Report of the Imperial Institute of Veterinary Research, Muktesar
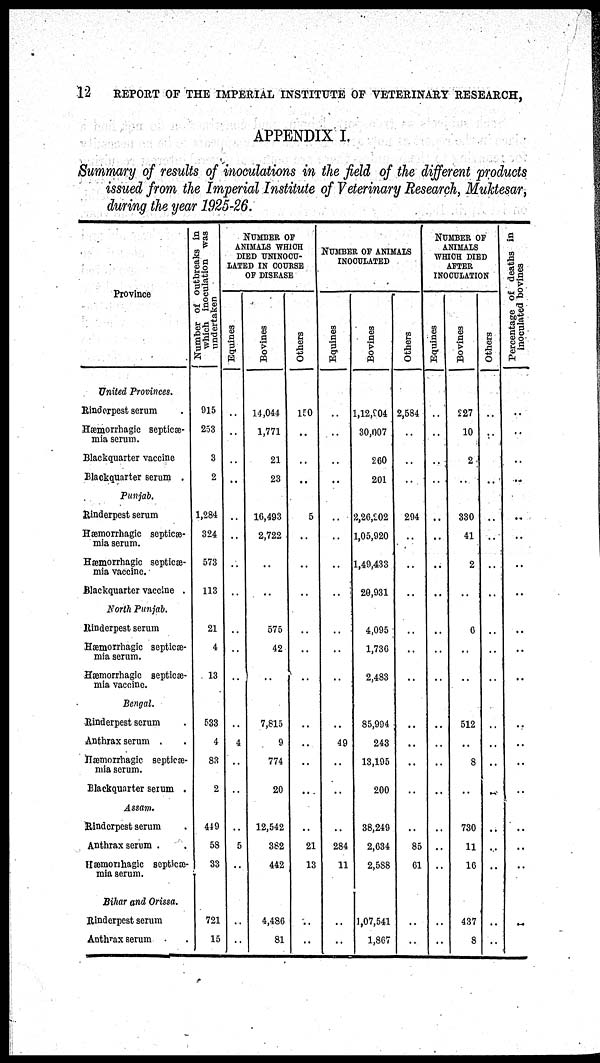
12
REPORT OF THE IMPERIAL INSTITUTE OF VETERINARY RESEARCH,
APPENDIX I,
Summary of results of inoculations in the field of the different products
issued from the Imperial Institute of Veterinary Research, Muktesar,
during the year 1925-26.
Province
United Provinces.
Rinderpest serum
Hæmorrhagic septicæ-
mia serum.
Blackquarter vaccine
Blackquarter serum .
Punjab.
Rinderpest serum
Hæmorrhagic septicæ-
mia serum.
Hæmorrhagic septicæ-
mia vaccinc.
Blackquarter vaccine .
North Punjab.
Rinderpest serum
Hæmorrhagic septiæ-
mia serum.
Hæmorrhagic septiæ-
mia vaccine.
Bengal.
Rinderpest serum
Anthrax serum .
Hæmorrhagic septiæ-
mia scrum.
Blackquarter serum .
Assam.
Rinderpest serum
Anthrax serum .
Hæmonhagic septiæ-
mia serum.
Bihar and Orissa.
Rinderpest serum
Anthrax serum
Number of outbreaks in
which inoculation was
undertaken
915
253
3
2
1,284
324
573
113
21
4
13
533
4
83
2
449
58
33
721
15
NUMBER OF
ANIMALS WHICH
DIED UNINOCU¬
LATED IN COURSE
OF DISEASE
Equines
..
..
..
..
..
..
..
..
..
..
..
..
4
5
Bovines
14,044
1,771
21
23
16,493
2,722
..
..
575
42
..
7,815
9
774
20
12,542
382
442
4,486
81
Others
150
..
..
..
5
..
..
..
..
..
..
..
..
..
..
..
21
13
..
..
NUMBER OF ANIMALS
INOCULATED
Equines
..
..
..
..
..
..
..
..
..
..
..
..
49
..
..
..
284
11
..
..
Bovines
1,12,904
30,007
260
201
2,26,202
1,05,920
1,49,433
20,931
4,095
1,736
2,483
85,994
243
13,195
200
38,249
2,634
2,588
1,07,541
1,867
Others
2,584
..
..
..
294
..
..
..
..
..
..
..
..
..
..
..
85
61
..
..
NUMBER OF
ANIMALS
WHICH DIED
AFTER
INOCULATION
Equines
..
..
..
..
..
..
..
..
..
..
..
..
..
..
..
..
..
..
..
..
Bovines
227
10
2
..
330
41
2
..
6
..
..
512
..
8
..
730
11
16
437
8
Ot her s
..
..
..
..
..
..
..
..
..
..
..
..
..
..
..
..
..
..
..
Percentage of deaths in
inoculated bovines
..
..
..
..
..
..
..
..
..
..
..
..
..
..
..
..